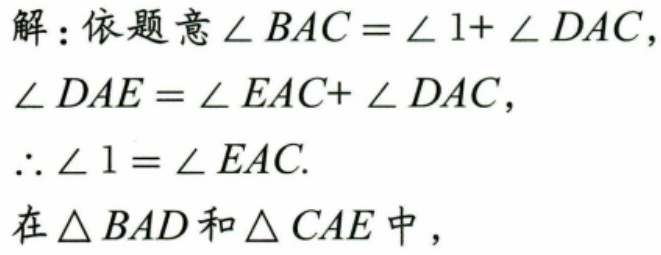
解：依题意\(\angle BAC=\angle 1+\angle DAC\)，
\(\angle DAE=\angle EAC+\angle DAC\)，
\(\therefore\angle 1=\angle EAC\).
在\(\triangle BAD\)和\(\triangle CAE\)中，